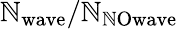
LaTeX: \mathbb{N}_{\mathrm{{wave}}}/\mathbb{N}_{\mathrm{{\mathbb{N}Owave}}}